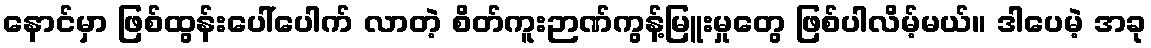
နောင်မှာ ဖြစ်ထွန်းပေါ်ပေါက် လာတဲ့ စိတ်ကူးဉာဏ်ကွန့်မြူးမှုတွေ ဖြစ်ပါလိမ့်မယ်။ ဒါပေမဲ့ အခု